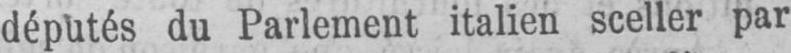
députés du Parlement italien sceller par